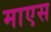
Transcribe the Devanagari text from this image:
माएस